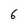
Character: 6